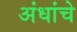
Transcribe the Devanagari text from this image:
अंधांचे